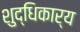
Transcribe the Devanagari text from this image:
शुद्धिकार्य